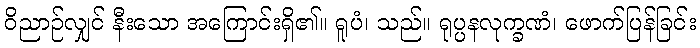
ဝိညာဉ်လျှင် နီးသော အကြောင်းရှိ၏။ ရူပံ၊ သည်။ ရုပ္ပနလုက္ခဏံ၊ ဖောက်ပြန်ခြင်း